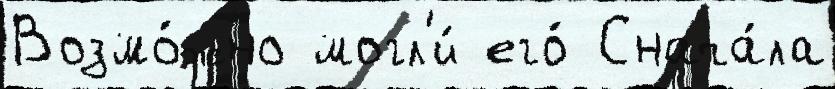
Возмо́жно могл'и́ его́ Снача́ла